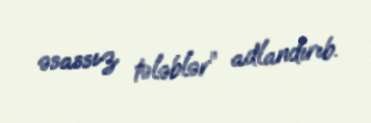
əsassız tələblər” adlandırıb.